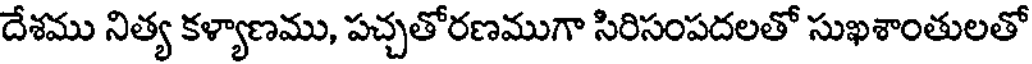
దేశము నిత్య కళ్యాణము, పచ్చతోరణముగా సిరిసంపదలతో సుఖశాంతులతో